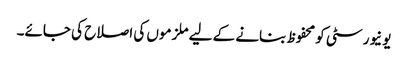
یونیورسٹی کو محفوظ بنانے کے لیے ملزموں کی اصلاح کی جائے۔